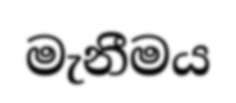
මැනීමය